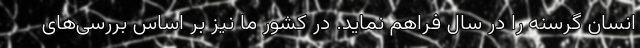
انسان گرسنه را در سال فراهم نماید. در کشور ما نیز بر اساس بررسی‌های